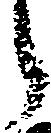
郎